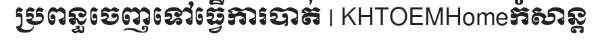
ប្រពន្ធចេញទៅធ្វើការបាត់ | KHTOEMHomeកំសាន្ត